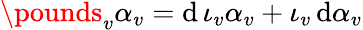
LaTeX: \pounds_{v}\alpha_{v}=\mathrm{d}\, \iota_{v}\alpha_{v}+\iota_{v}\, \mathrm{d}\alpha_{v}